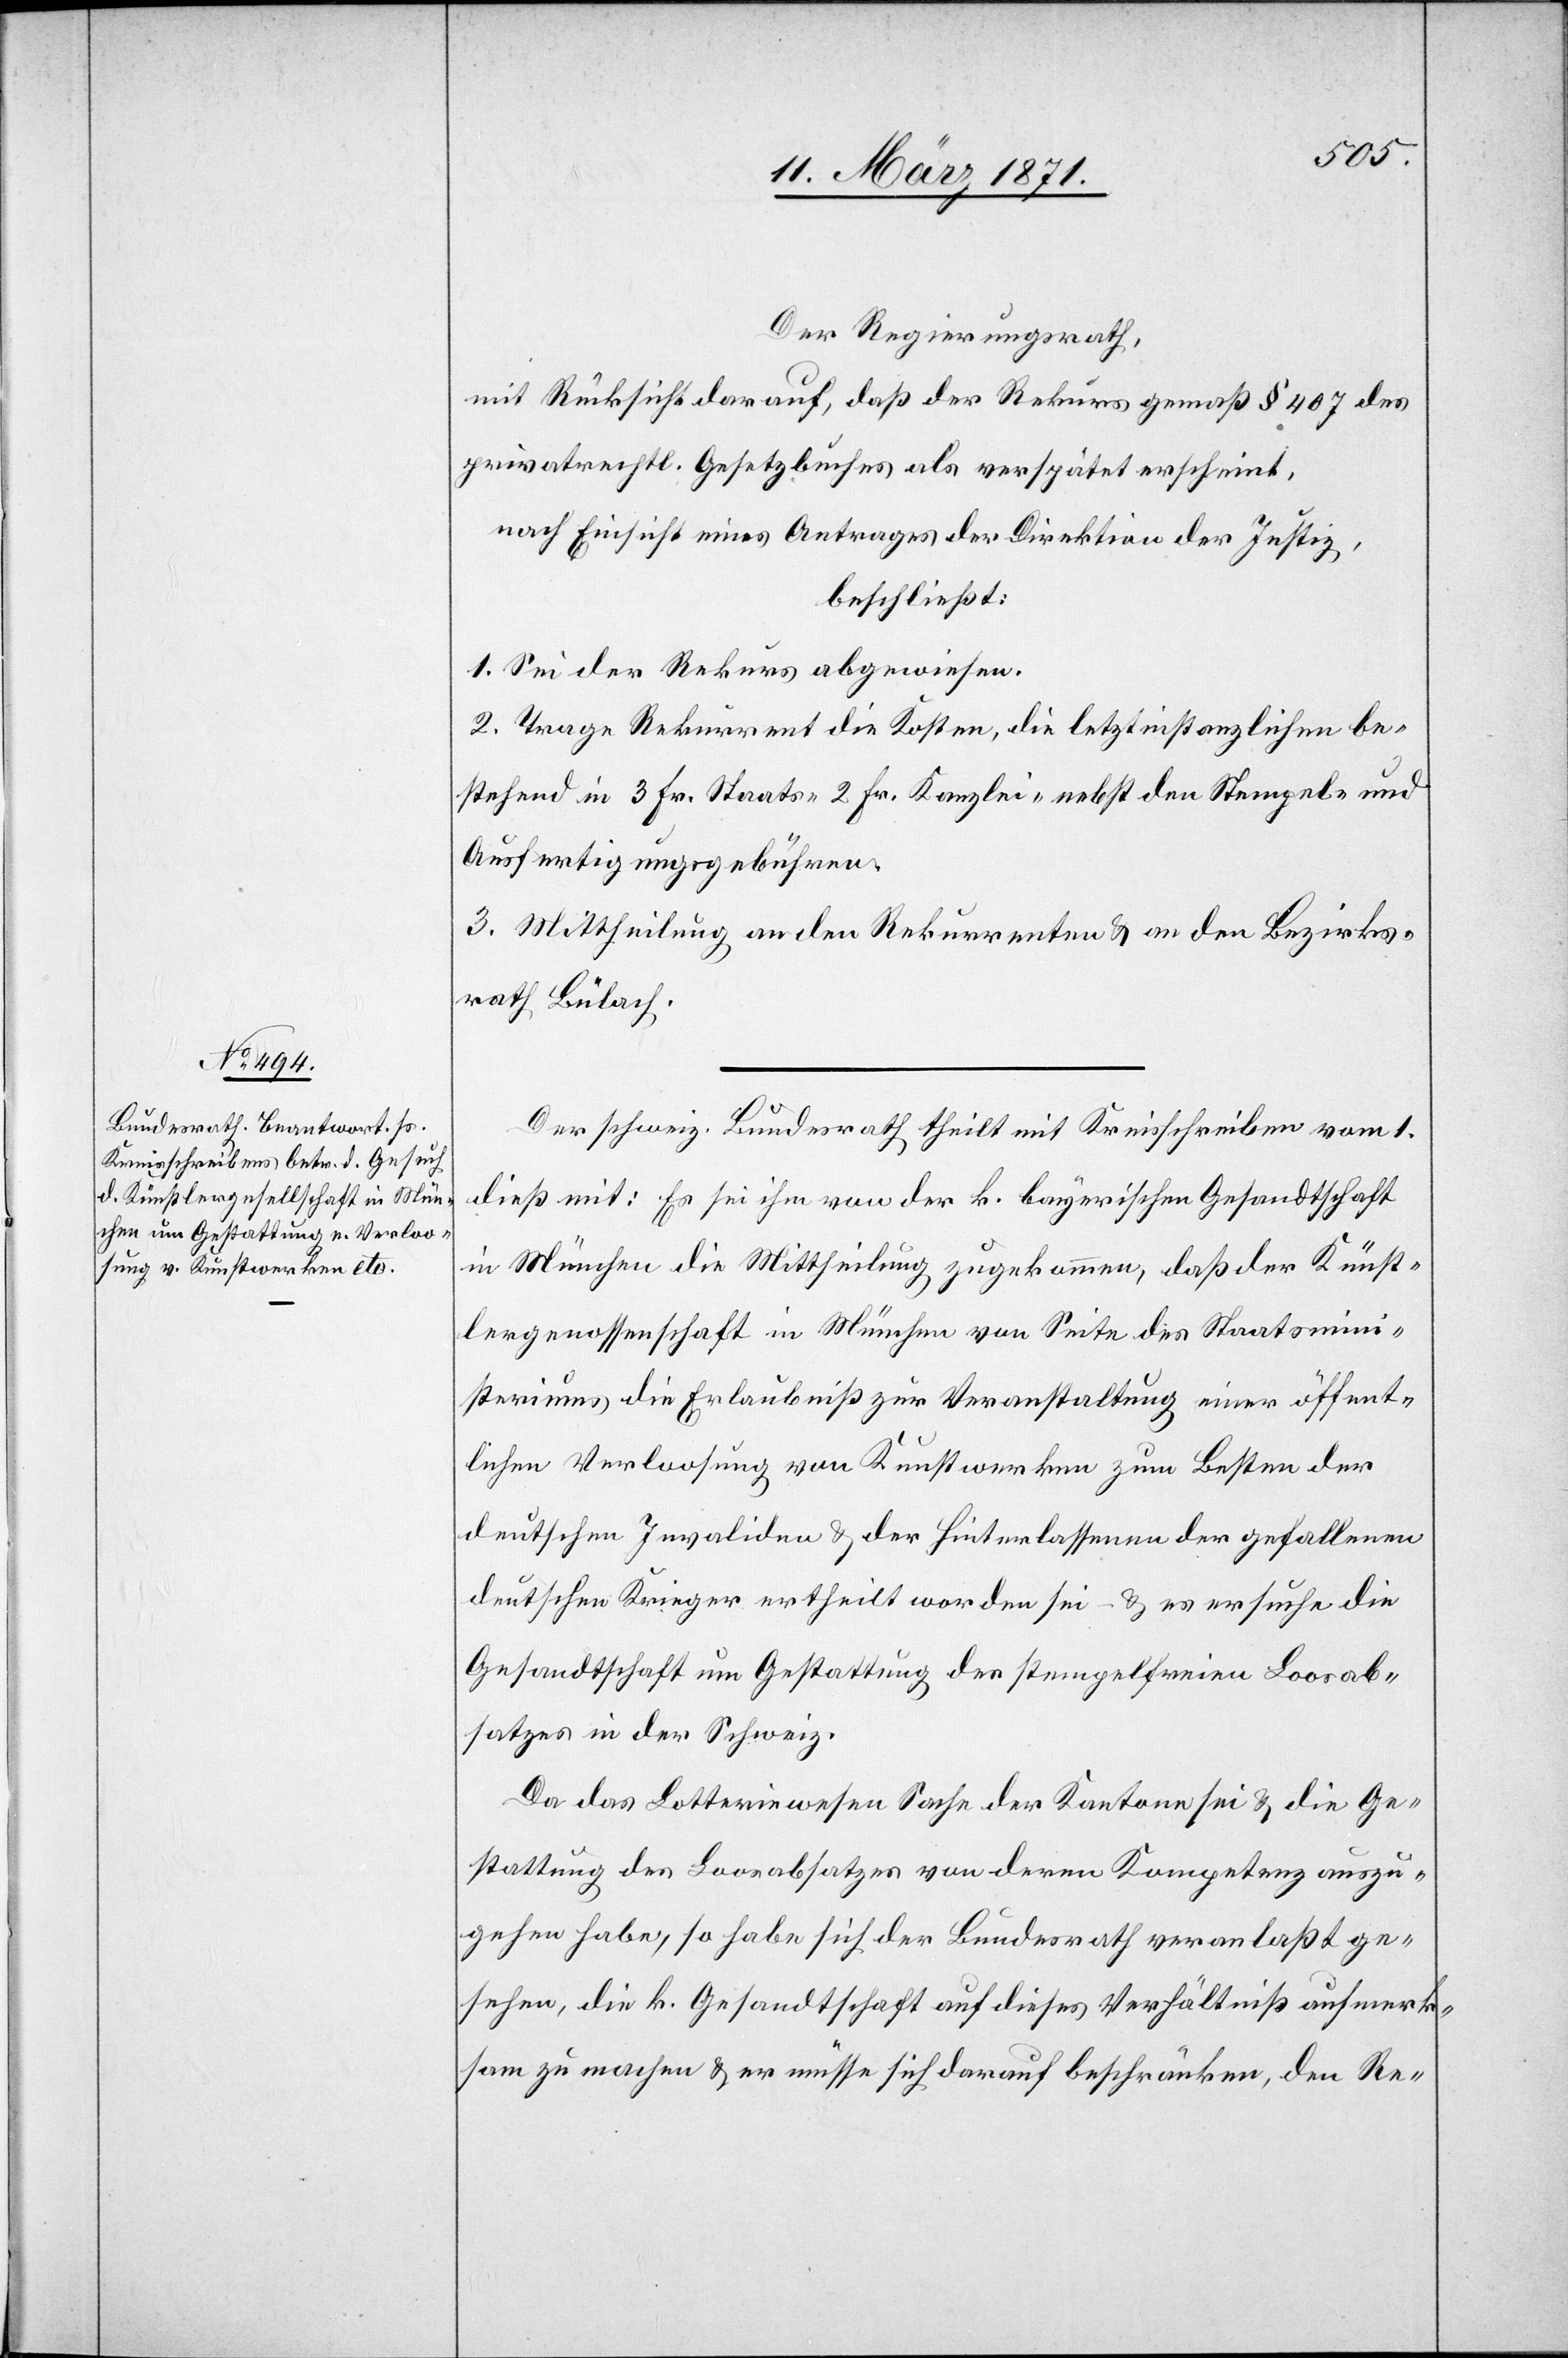
Der Regierungsrath,
mit Rücksicht darauf, daß der Rekurs gemäß § 407 des
privatrechtl. Gesetzbuches als verspätet erscheint,
nach Einsicht eines Antrages der Direktion der Justiz,
beschließt:
1. Sei der Rekurs abgewiesen.
2. Trage Rekurrent die Kosten, die letztinstanzlichen be¬
stehend in 3 Fr. Staats-[,] 2 Fr. Kanzlei-[,] nebst den Stempel- und
Ausfertigungsgebühren.
3. Mittheilung an den Rekurrenten u. an den Bezirks¬
rath Bülach.
Der schweiz. Bundesrath theilt mit Kreisschreiben vom 1.
dieß mit: Es sei ihm von der k. bayerischen Gesandtschaft
in München die Mittheilung zugekommen, daß der Künst¬
lergenossenschaft München von Seite des Staatsmini¬
steriums die Erlaubniß zur Veranstaltung einer öffent¬
lichen Verloosung von Kunstwerken zum Besten der
deutschen Invaliden u. der Hinterlassenen der gefallenen
deutschen Krieger ertheilt worden sei – u. es ersuche die
Gesandtschaft um Gestattung des stempelfreien Loosab¬
satzes in der Schweiz.
Da das Lotteriewesen Sache der Kantone sei u. die Ge¬
stattung des Loosabsatzes von deren Kompetenz auszu¬
gehen habe, so habe sich der Bundesrath veranlaßt ge¬
sehen, die k. Gesandtschaft auf dieses Verhältniß aufmerk¬
sam zu machen u. er müsse sich darauf beschränken, den Re-